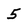
Character: 5